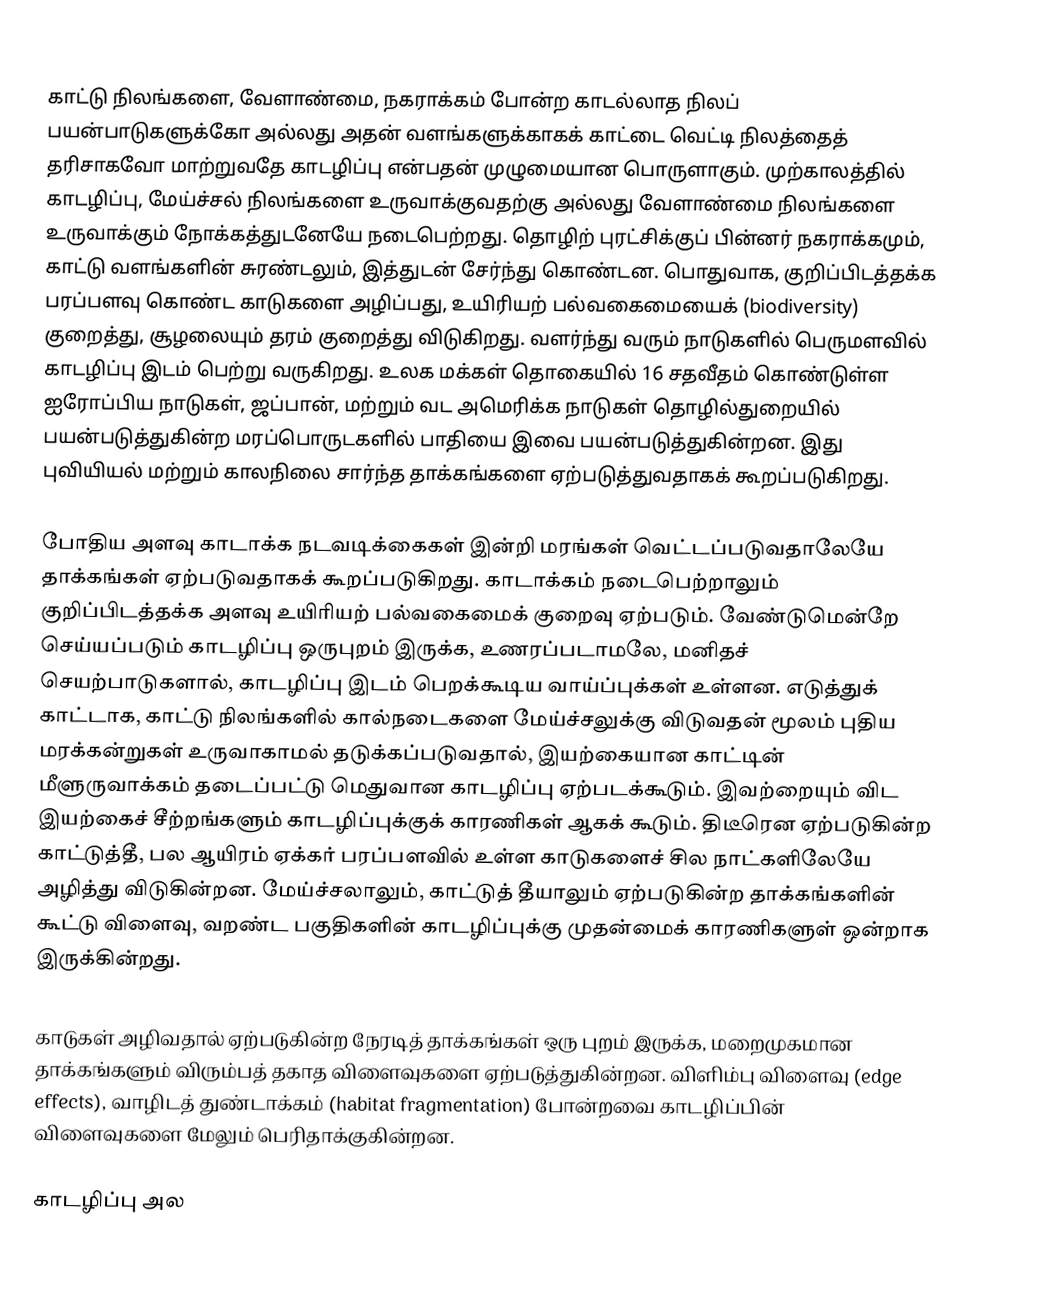
காட்டு நிலங்களை, வேளாண்மை, நகராக்கம் போன்ற காடல்லாத நிலப் பயன்பாடுகளுக்கோ அல்லது அதன் வளங்களுக்காகக் காட்டை வெட்டி நிலத்தைத் தரிசாகவோ மாற்றுவதே காடழிப்பு என்பதன் முழுமையான பொருளாகும். முற்காலத்தில் காடழிப்பு, மேய்ச்சல் நிலங்களை உருவாக்குவதற்கு அல்லது வேளாண்மை நிலங்களை உருவாக்கும் நோக்கத்துடனேயே நடைபெற்றது. தொழிற் புரட்சிக்குப் பின்னர் நகராக்கமும், காட்டு வளங்களின் சுரண்டலும், இத்துடன் சேர்ந்து கொண்டன. பொதுவாக, குறிப்பிடத்தக்க பரப்பளவு கொண்ட காடுகளை அழிப்பது, உயிரியற் பல்வகைமையைக் (biodiversity) குறைத்து, சூழலையும் தரம் குறைத்து விடுகிறது. வளர்ந்து வரும் நாடுகளில் பெருமளவில் காடழிப்பு இடம் பெற்று வருகிறது. உலக மக்கள் தொகையில் 16 சதவீதம் கொண்டுள்ள ஐரோப்பிய நாடுகள், ஜப்பான், மற்றும் வட அமெரிக்க நாடுகள் தொழில்துறையில் பயன்படுத்துகின்ற மரப்பொருடகளில் பாதியை இவை பயன்படுத்துகின்றன. இது புவியியல் மற்றும் காலநிலை சார்ந்த தாக்கங்களை ஏற்படுத்துவதாகக் கூறப்படுகிறது.

போதிய அளவு காடாக்க நடவடிக்கைகள் இன்றி மரங்கள் வெட்டப்படுவதாலேயே தாக்கங்கள் ஏற்படுவதாகக் கூறப்படுகிறது. காடாக்கம் நடைபெற்றாலும் குறிப்பிடத்தக்க அளவு உயிரியற் பல்வகைமைக் குறைவு ஏற்படும். வேண்டுமென்றே செய்யப்படும் காடழிப்பு ஒருபுறம் இருக்க, உணரப்படாமலே, மனிதச் செயற்பாடுகளால், காடழிப்பு இடம் பெறக்கூடிய வாய்ப்புக்கள் உள்ளன. எடுத்துக் காட்டாக, காட்டு நிலங்களில் கால்நடைகளை மேய்ச்சலுக்கு விடுவதன் மூலம் புதிய மரக்கன்றுகள் உருவாகாமல் தடுக்கப்படுவதால், இயற்கையான காட்டின் மீளுருவாக்கம் தடைப்பட்டு மெதுவான காடழிப்பு ஏற்படக்கூடும். இவற்றையும் விட இயற்கைச் சீற்றங்களும் காடழிப்புக்குக் காரணிகள் ஆகக் கூடும். திடீரென ஏற்படுகின்ற காட்டுத்தீ, பல ஆயிரம் ஏக்கர் பரப்பளவில் உள்ள காடுகளைச் சில நாட்களிலேயே அழித்து விடுகின்றன. மேய்ச்சலாலும், காட்டுத் தீயாலும் ஏற்படுகின்ற தாக்கங்களின் கூட்டு விளைவு, வறண்ட பகுதிகளின் காடழிப்புக்கு முதன்மைக் காரணிகளுள் ஒன்றாக இருக்கின்றது.

காடுகள் அழிவதால் ஏற்படுகின்ற நேரடித் தாக்கங்கள் ஒரு புறம் இருக்க, மறைமுகமான தாக்கங்களும் விரும்பத் தகாத விளைவுகளை ஏற்படுத்துகின்றன. விளிம்பு விளைவு (edge effects), வாழிடத் துண்டாக்கம் (habitat fragmentation) போன்றவை காடழிப்பின் விளைவுகளை மேலும் பெரிதாக்குகின்றன.

காடழிப்பு அல